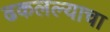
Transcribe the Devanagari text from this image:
ढकलल्याचा